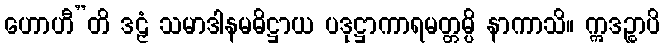
ဟောဟီ”တိ ဒဠှံ သမာဒါနမဓိဋ္ဌာယ ပဒုဋ္ဌာကာရမတ္တမ္ပိ နာကာသိ။ ဣဒဉ္စာပိ